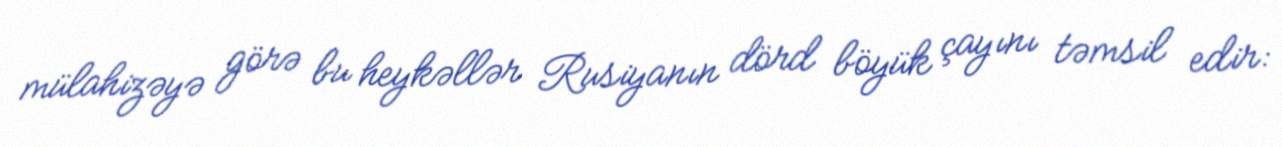
mülahizəyə görə bu heykəllər Rusiyanın dörd böyük çayını təmsil edir: